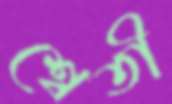
শ্বেতী